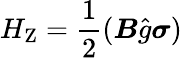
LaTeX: H_{\mathrm{{Z}}}={\frac{1}{2}}({\boldsymbol{B}}{\hat{g}}{\boldsymbol{\sigma}})